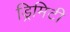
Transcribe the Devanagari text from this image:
ड्रिमिटी